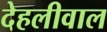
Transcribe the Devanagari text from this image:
देहलीवाल